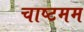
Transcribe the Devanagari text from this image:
चाष्टमम